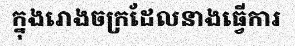
ក្នុងរោងចក្រដែលនាងធ្វើការ